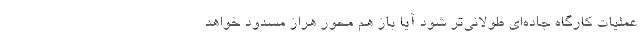
عملیات کارگاه جاده‌ای طولانی‌تر شود آیا باز هم محور هراز مسدود خواهد